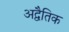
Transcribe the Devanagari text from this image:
अद्वैतिक